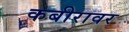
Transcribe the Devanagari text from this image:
कबीरावर